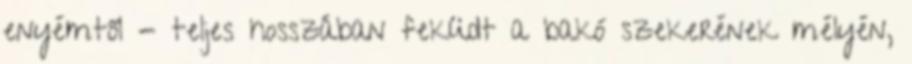
enyémtől - teljes hosszában feküdt a bakó szekerének mélyén,